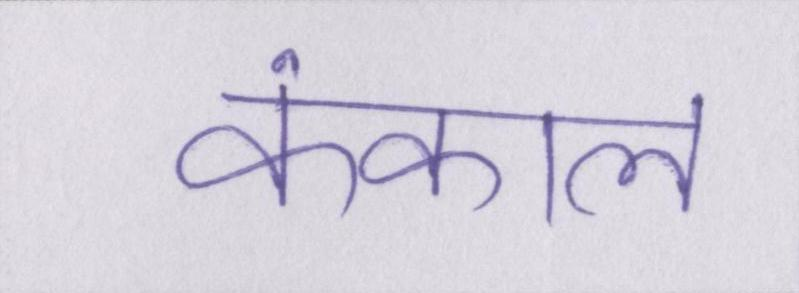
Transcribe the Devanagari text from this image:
कंकाल